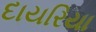
દાયરિયા